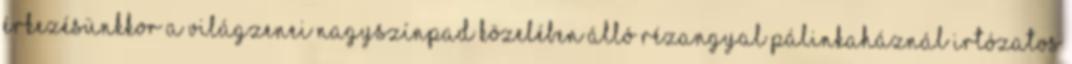
Érkezésünkkor a Világzenei Nagyszínpad közelében álló Rézangyal Pálinkaháznál irtózatos